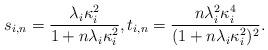
LaTeX: \begin{align*} s_{i,n} = \frac{\lambda_i\kappa_i^2}{1+n\lambda_i\kappa_i^2}, t_{i,n} = \frac{n\lambda_i^2\kappa_i^4}{(1+n\lambda_i\kappa_i^2)^2}.\end{align*}